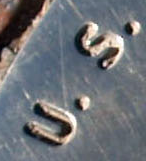
U. S.